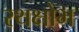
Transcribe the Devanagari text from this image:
रथक्षोभ